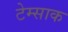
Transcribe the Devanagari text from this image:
टेम्साक